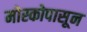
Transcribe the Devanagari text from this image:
मोस्कोपासून